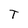
Character: T